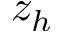
z _ { h }